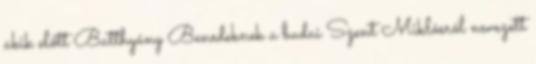
akik előtt Batthyány Benedeknek a budai Szent Miklósról nevezett